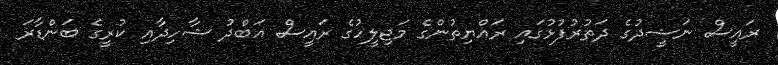
ރައީސް ނަޝީދުގެ ދަތުރުފުޅުގައި ރައްޔިތުންގެ މަޖިލީހުގެ ރައީސް އަބްދު ޝާހިދާއި ކުރީގެ ބަންޑާރަ